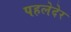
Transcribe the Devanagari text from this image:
पहलेदेर